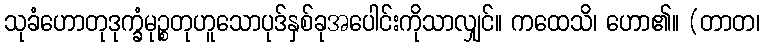
သုခံဟောတုဒုက္ခံမုဉ္စတုဟူသောပုဒ်နှစ်ခုအပေါင်းကိုသာလျှင်။ ကထေသိ၊ ဟော၏။ (တာတ၊